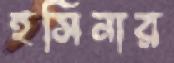
হসিনার